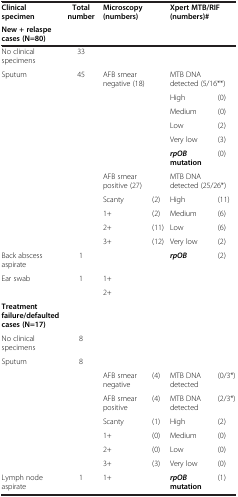
| Clinical specimen | Total number | <COLSPAN=2> Microscopy (numbers) | <COLSPAN=2> Xpert MTB/RIF (numbers)# |
 | New + relaspe cases (N=80) |  | <COLSPAN=2>  | <COLSPAN=2>  |
 | --- | --- | --- | --- | --- | --- |
 | No clinical specimens | 33 | <COLSPAN=2>  | <COLSPAN=2>  |
 | Sputum | 45 | <COLSPAN=2> AFB smear negative (18) | <COLSPAN=2> MTB DNA detected (5/16**) |
 | <ROWSPAN=10>  | <ROWSPAN=10>  | <COLSPAN=2>  | High | (0) |
 | <COLSPAN=2>  | Medium | (0) |
 | <COLSPAN=2>  | Low | (2) |
 | <COLSPAN=2>  | Very low | (3) |
 | <COLSPAN=2>  | rpOB mutation | (0) |
 | <COLSPAN=2> AFB smear positive (27) | <COLSPAN=2> MTB DNA detected (25/26*) |
 | Scanty | (2) | High | (11) |
 | 1+ | (2) | Medium | (6) |
 | 2+ | (11) | Low | (6) |
 | 3+ | (12) | Very low | (2) |
 | Back abscess aspirate | 1 | <COLSPAN=2>  | rpOB | (2) |
 | <ROWSPAN=2> Ear swab | 1 | <COLSPAN=2> 1+ | <ROWSPAN=2-COLSPAN=2>  |
 |  | <COLSPAN=2> 2+ |
 | Treatment failure/defaulted cases (N=17) |  | <COLSPAN=2>  | <COLSPAN=2>  |
 | No clinical specimens | 8 | <COLSPAN=2>  | <COLSPAN=2>  |
 | <ROWSPAN=4> Sputum | 8 | <COLSPAN=2>  | <COLSPAN=2>  |
 |  | AFB smear negative | (4) | MTB DNA detected | (0/3*) |
 | <ROWSPAN=2>  | AFB smear positive | (4) | MTB DNA detected | (2/3*) |
 | Scanty | (1) | High | (2) |
 | <ROWSPAN=3>  | <ROWSPAN=3>  | 1+ | (0) | Medium | (0) |
 | 2+ | (0) | Low | (0) |
 | 3+ | (3) | Very low | (0) |
 | Lymph node aspirate | 1 | <COLSPAN=2> 1+ | rpOB mutation | (1) |